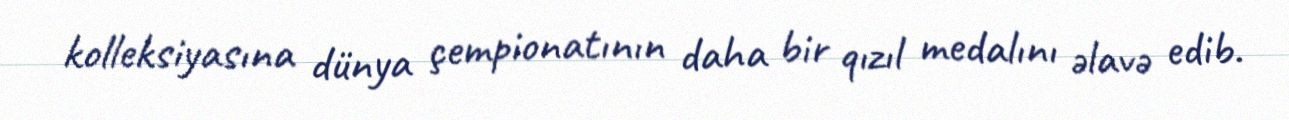
kolleksiyasına dünya çempionatının daha bir qızıl medalını əlavə edib.